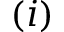
( i )